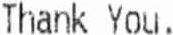
THANK YOU.